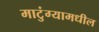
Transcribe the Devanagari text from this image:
माटुंग्यामधील